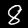
Label: 8